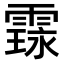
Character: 𮦤